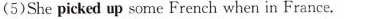
(5)She picked up some French when in France.